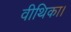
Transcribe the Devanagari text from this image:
वीथिका।